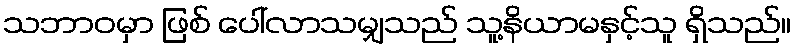
သဘာဝမှာ ဖြစ် ပေါ်လာသမျှသည် သူ့နိယာမနှင့်သူ ရှိသည်။